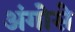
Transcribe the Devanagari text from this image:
अंगोसे